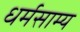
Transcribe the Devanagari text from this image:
धर्मसाम्य